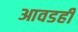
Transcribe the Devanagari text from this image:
आवडही